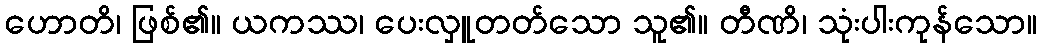
ဟောတိ၊ ဖြစ်၏။ ယကဿ၊ ပေးလှူတတ်သော သူ၏။ တီဏိ၊ သုံးပါးကုန်သော။